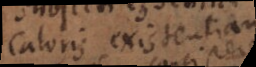
Caloris existentiam